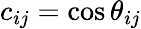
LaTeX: c_{ij}=\cos\theta_{ij}